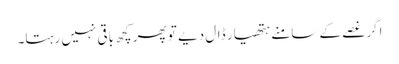
اگر غصے کے سامنے ہتھیار ڈال دیے تو پھر کچھ باقی نہیں رہتا۔